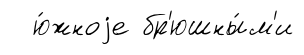
ю́жноjе бр'юшны́м'и